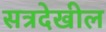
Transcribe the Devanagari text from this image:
सत्रदेखील